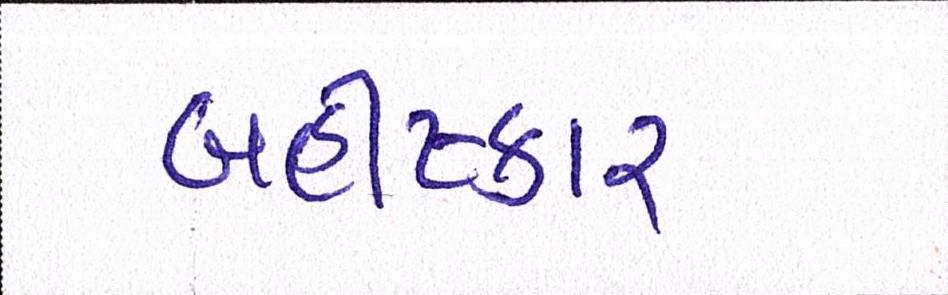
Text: બહીષ્કાર